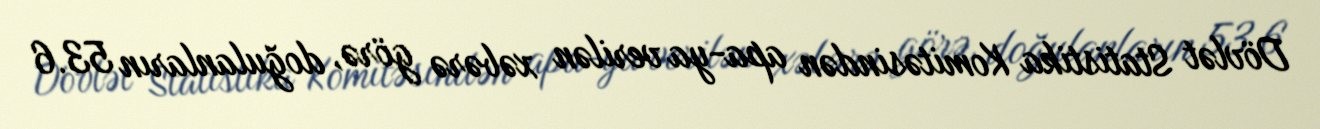
Dövlət Statistika Komitəsindən apa-ya verilən xəbərə görə, doğulanların 53.6